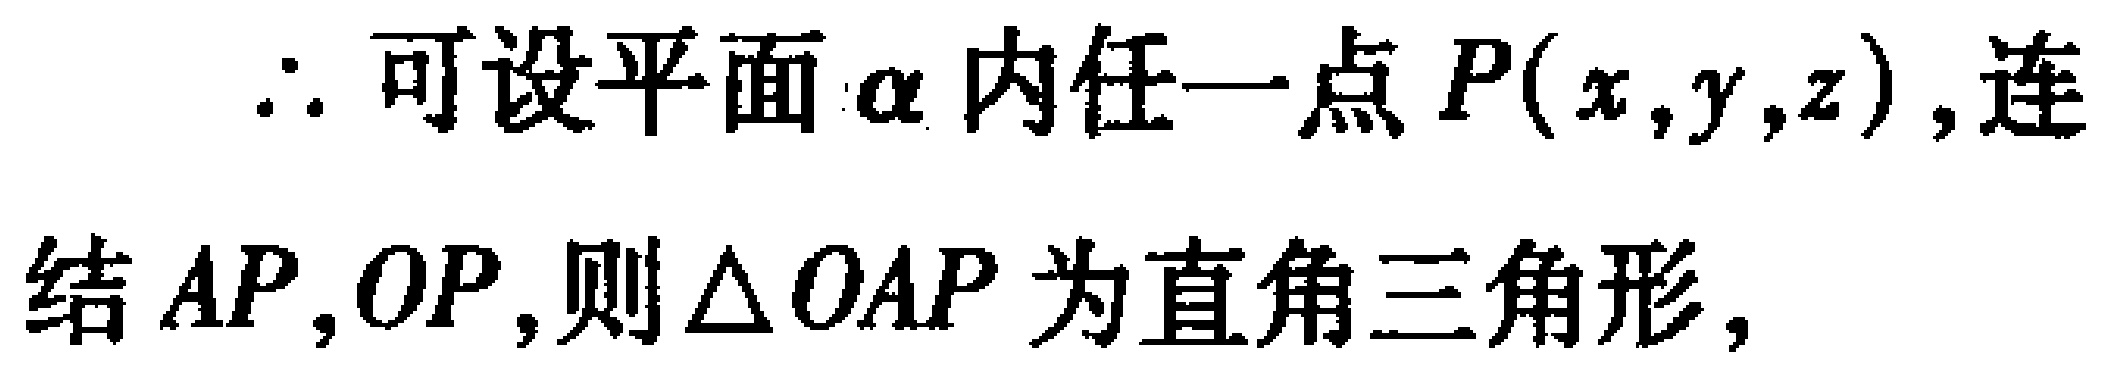
$\therefore$ 可设平面 $\alpha$ 内任一点 $P(x,y,z)$, 连结 $AP,OP$, 则 $\triangle OAP$ 为直角三角形,